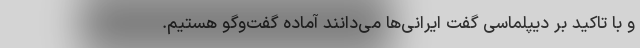
و با تاکید بر دیپلماسی گفت ایرانی‌ها می‌دانند آماده گفت‌وگو هستیم.